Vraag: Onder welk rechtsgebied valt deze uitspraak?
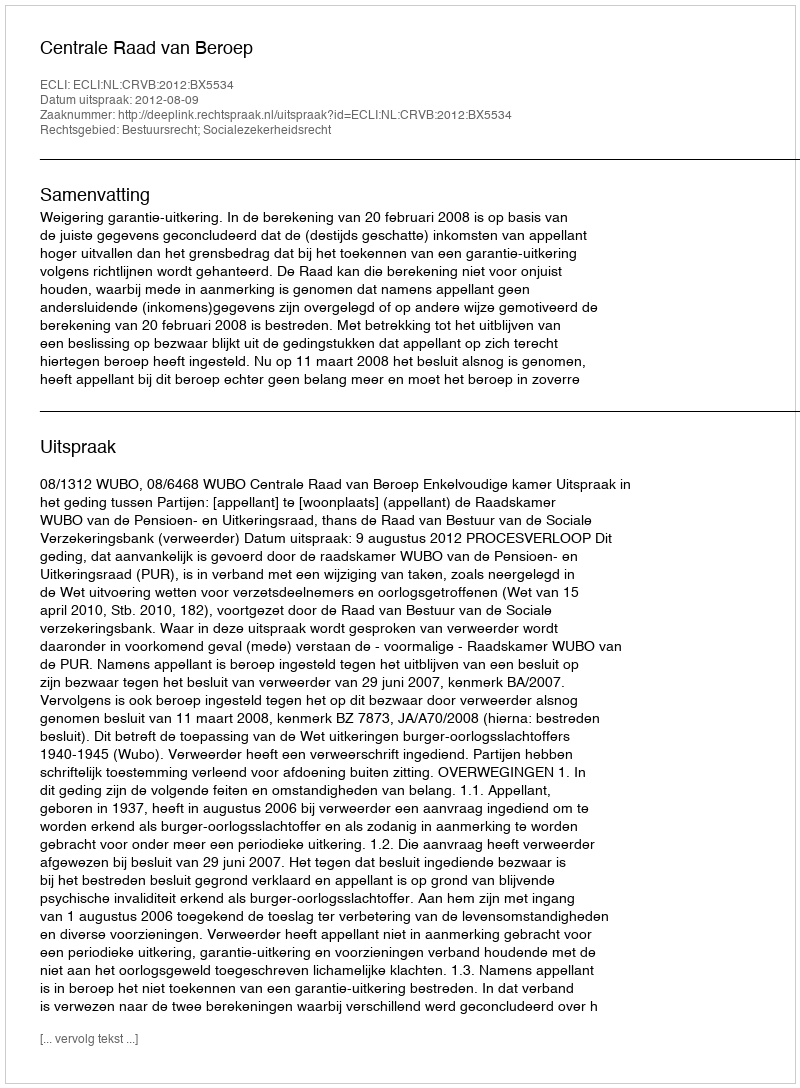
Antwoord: Bestuursrecht; Socialezekerheidsrecht